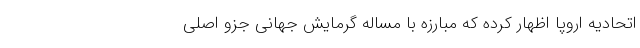
اتحادیه اروپا اظهار کرده که مبارزه با مساله گرمایش جهانی جزو اصلی